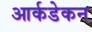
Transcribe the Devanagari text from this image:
आर्कडेकन